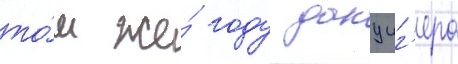
то́м же́ году данциг'ера